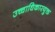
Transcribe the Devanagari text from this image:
उच्चाधिकारयुक्त